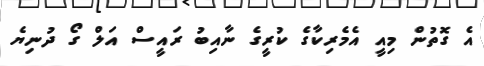
އެ ގޮތުން މިއީ އެމެރިކާގެ ކުރީގެ ނާއިބު ރައީސް އަލް ގޯ ދުނިޔެ